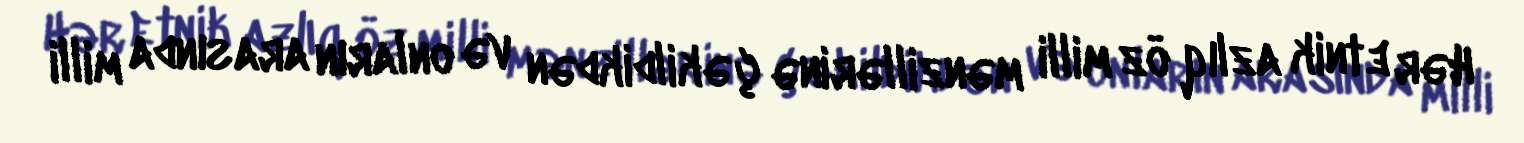
Hər etnik azlıq öz milli mənzillərinə çəkildikdən və onların arasında milli